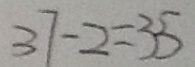
3 7 - 2 = 3 5